Annual report of the Bengal Veterinary College and of the Civil Veterinary Department, Bengal, for the year 1899-1900 - 1899-1900
Year: 1899
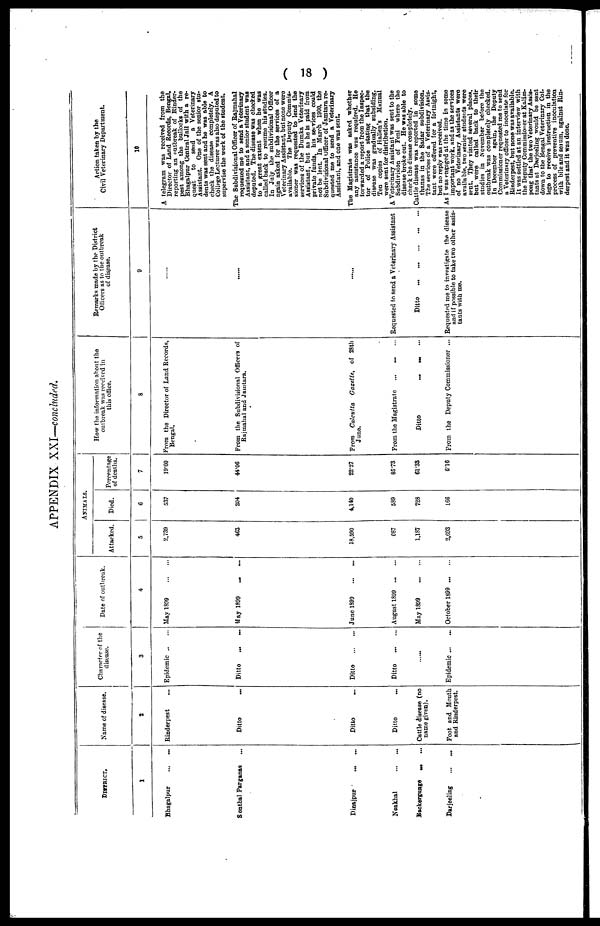
( 18 )
APPENDIX XXI—concluded.
District.
1
Bhagalpur
...
...
Sonthal Parganas ...
Dinajpur ... ...
Noakhal ... ...
Backergunge ... ...
Darjeeling ... ...
Name of disease.
2
Rinderpest ...
Ditto ...
Ditto ...
Ditto ...
Cattle disease (no
name given).
Foot and Mouth
and Rinderpest.
Character of the
disease.
3
Epidemic ... ...
Ditto ... ...
Ditto ... ...
Ditto ... ...
......
Epidemic ... ...
Date of outbreak.
4
May 1899 ... ...
May 1899 ... ...
June 1899 ... ...
August 1899 ... ...
May 1899 ... ...
October 1899 ... ...
Animals.
Attacked.
Animals.
Died.
5
2,739
463
18,590
687
1,187
2,693
Died.
6
537
204
4,140
589
728
166
Percentage
of deaths.
7
19.60
44.06
22.27
85.73
61.33
6.16
How the information about the
outbreak was received in
this office.
8
Prom the Director of Land Records,
Bengal.
From the Subdivisional Officers of
Rajmahal and Jamtara.
From Calcutta Gazette, of 28th
June.
From the Magistrate ... ... ...
Ditto ... ... ...
From the Deputy Commissioner ...
Remarks made by the District
Officers as to the outbreak
of disease.
9
Requested to send a Veterinary Assistant
Ditto ... ... ... ... ...
Requested me to investigate the disease
and if possible to take two other assis-
tants with me.
Action taken by the
Civil Veterinary Department.
10
A telegram was received from the
Director of Land Records, Bengal,
reporting an outbreak of Rinder-
pest among the bullocks of the
Bhagalpur Central Jail with a re-
quest
to
send a Veterinary
Assistant. One of the senior stu-
dents was sent and he was able to
check the disease completely. A
College Lecturer was also deputed to
supervise the work of the student.
The Subdivisional Officer of Rajmahal
requested me to send a Veterinary
Assistant, and a senior student was
deputed. The disease was checked
to a great extent when he was
called back to resume his studies.
In July the subdivisional Officer
again asked for the services of a
Veterinary Assistant, but none were
available. The Deputy Commis-
sioner was requested to lend the
services of the Dumka Veterinary
Assistant, but as he is paid from
private funds, his services could
not be lent. In March 1900, the
Subdivisional Officer of Jamtara re-
quested me to send a Veterinary
Assistant, and one was sent.
The Magistrate was asked whether
any assistance was required. He
forwarded a report from the Inspec-
tor of Police stating that the
disease was gradually subsiding.
Ten copies of Hallen's Manual
were sent for distribution.
A Veterinary Assistant was sent to the
Subdivision of Feni where the
disease broke out. He was able to
check the disease completely.
Cattle disease was reported in some
thanas in the Sadar subdivision.
The services of a Veterinary Assis-
tant were offered for a fortnight,
but no reply was received.
As I was engaged at the time in some
important work, and as the services
of no Veterinary Assistants were
available, two senior students were
sent. They visited several places,
but were called back to their
studies in November before the
outbreak was completely checked.
In December again, the Deputy
Commissioner requested me to send
a Veterinary officer to inoculate for
Rinderpest, but none was available.
It was settled at an interview with
the Deputy Commissioner at Kalim-
pong that the two Veterinary Assis-
tants at Darjeeling would be sent
down to the Bengal Veterinary Col-
lege to receive instruction in the
process of preventive inoculation
with bile and serum, against Rin-
derpest and it was done.